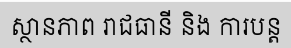
ស្ថានភាព រាជធានី និង ការបន្ត